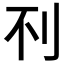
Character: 𰄟